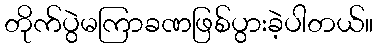
တိုက်ပွဲမကြာခဏဖြစ်ပွားခဲ့ပါတယ်။